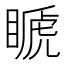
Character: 𥉘